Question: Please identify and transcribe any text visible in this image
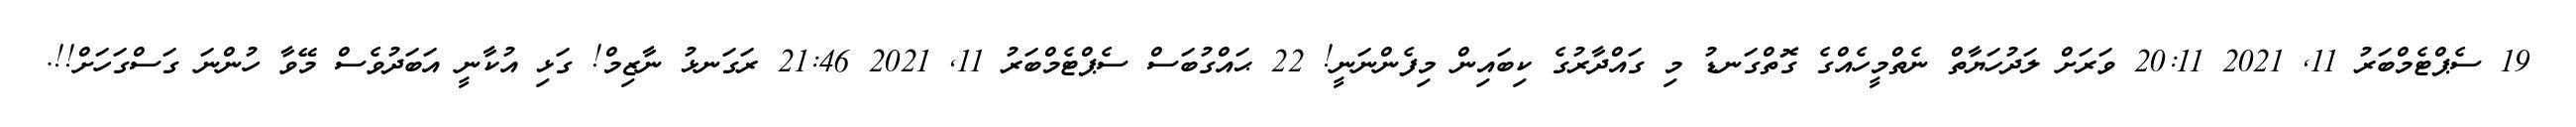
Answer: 19 ސެޕްޓެމްބަރު 11, 2021 20:11 ވަރަށް ލަދުހަޔާތް ނެތްމީހެއްގެ ގޮތްގަނޑު މި ގައްދާރުގެ ކިބައިން މިފެންނަނީ! 22 ޙައްގުބަސް ސެޕްޓެމްބަރު 11, 2021 21:46 ރަގަނޅު ނާޒިމް! ގަޅި އުކާނީ އަބަދުވެސް މޭވާ ހުންނަ ގަސްގަހަށް!!.